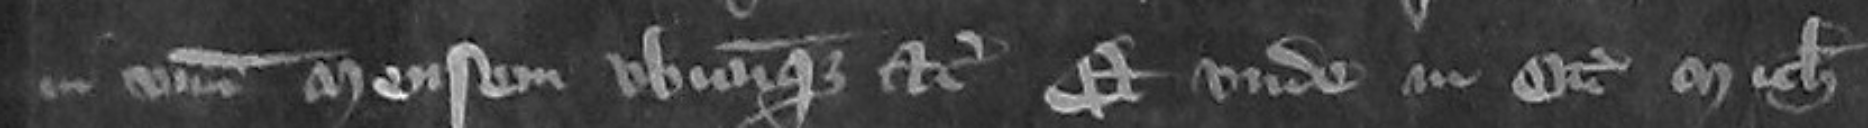
in unum mensem ubicumque etc et unde in Octabis Michaelmas